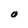
Character: O